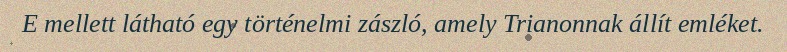
E mellett látható egy történelmi zászló, amely Trianonnak állít emléket.